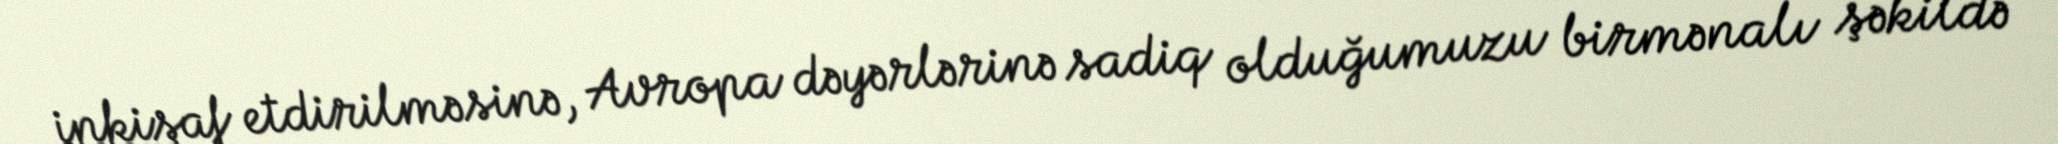
inkişaf etdirilməsinə, Avropa dəyərlərinə sadiq olduğumuzu birmənalı şəkildə